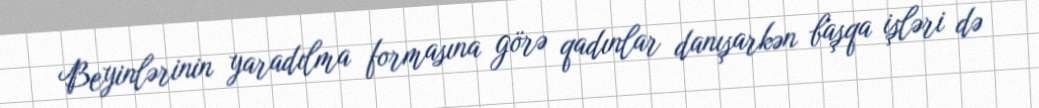
Beyinlərinin yaradılma formasına görə qadınlar danışarkən başqa işləri də